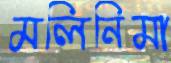
মলিনিমা